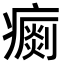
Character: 𤺗